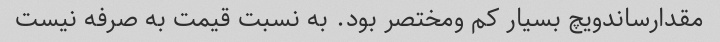
مقدارساندویچ بسیار کم ومختصر بود. به نسبت قیمت به صرفه نیست